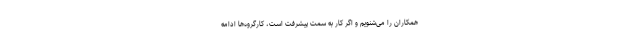
همکاران را می‌شنویم و اگر کار به سمت پیشرفت است، کارگروه‌ها ادامه